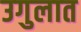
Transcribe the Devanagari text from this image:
उगुलात